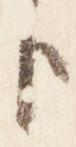
臣